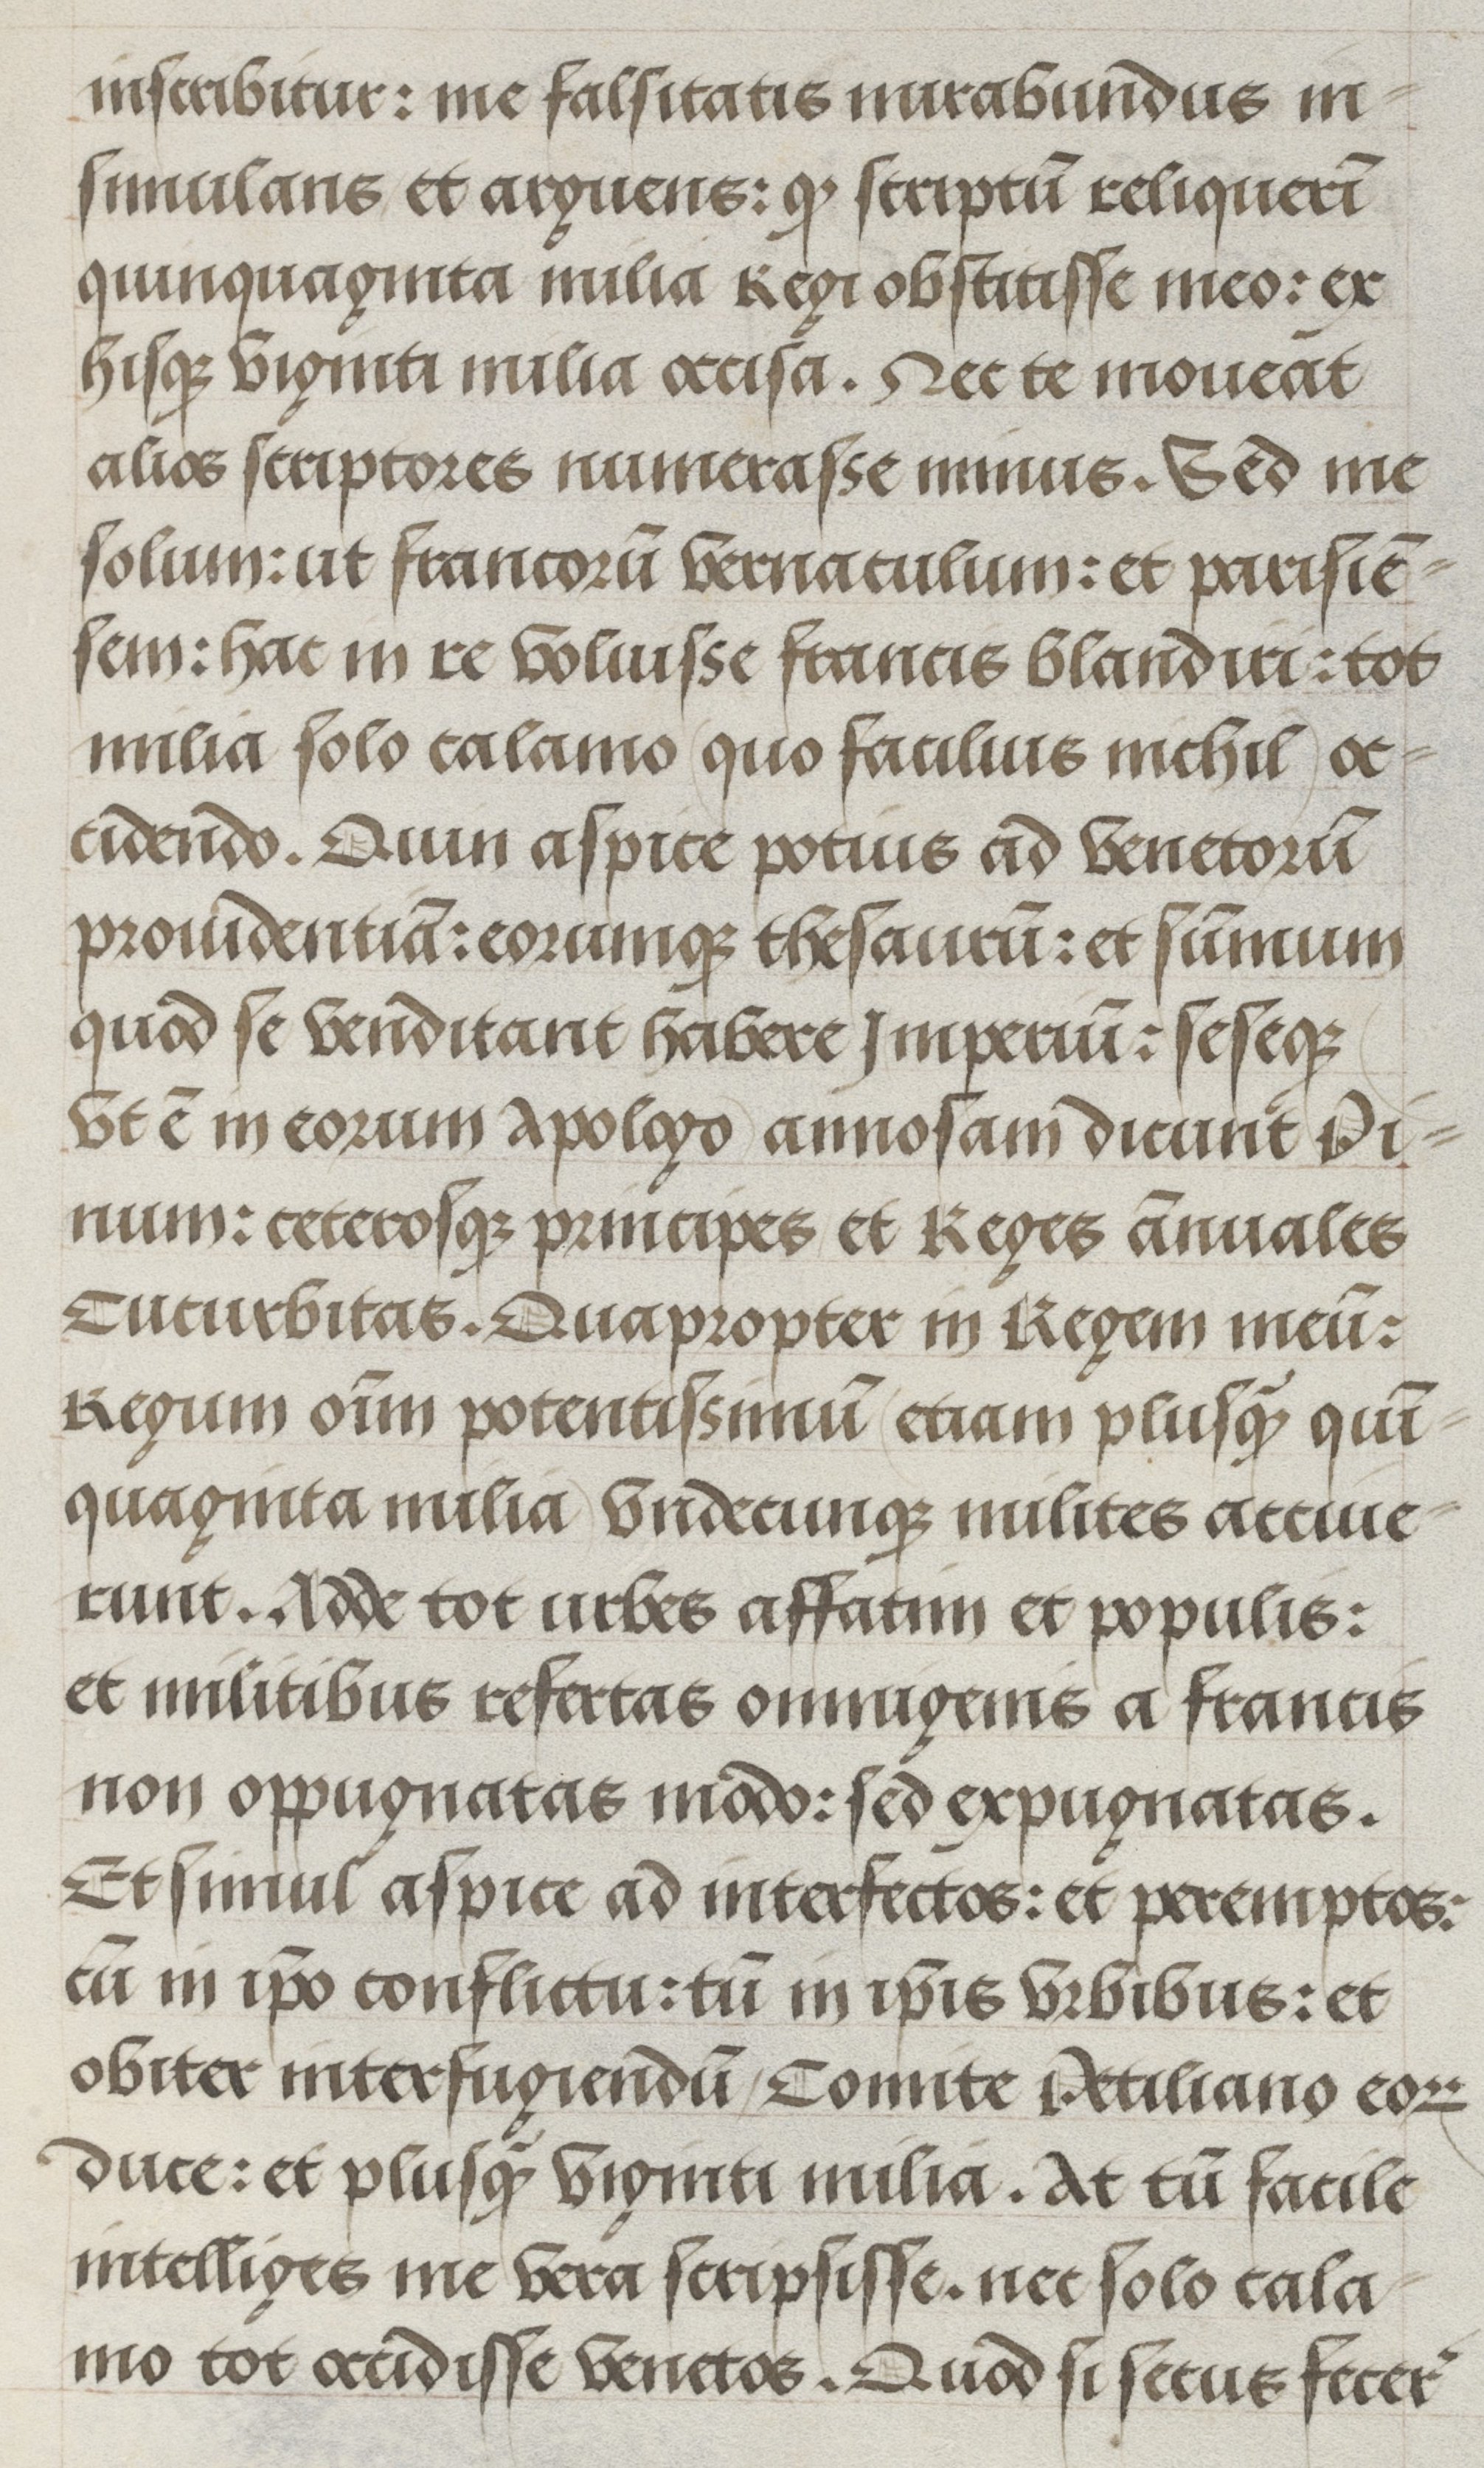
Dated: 1500–1530